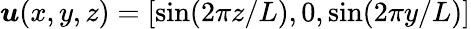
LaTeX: \boldsymbol u(x,y,z)=[\sin(2\pi z/L),0,\sin(2\pi y/L)]